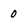
Character: 0